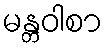
မန္တဝါစာ